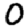
Digit: 0